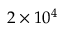
2 \times 1 0 ^ { 4 }